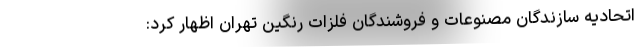
اتحادیه سازندگان مصنوعات و فروشندگان فلزات رنگین تهران اظهار کرد: